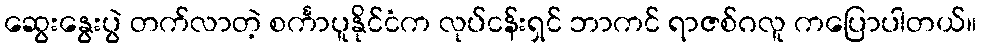
ဆွေးနွေးပွဲ တက်လာတဲ့ စင်္ကာပူနိုင်ငံက လုပ်ငန်းရှင် ဘာကင် ရာဇစ်ဂလူ ကပြောပါတယ်။